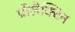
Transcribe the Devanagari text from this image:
प्रौलैक्टिन